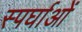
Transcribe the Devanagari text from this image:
स्पर्घाओं